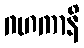
ဂဟကာနိ